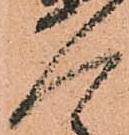
人